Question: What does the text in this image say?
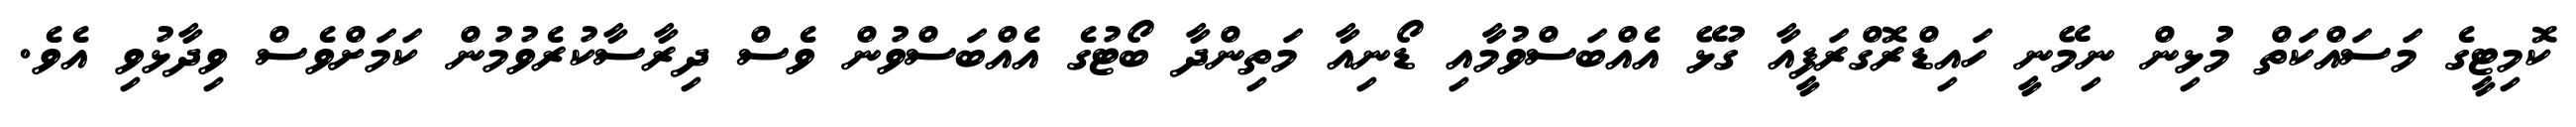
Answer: ކޮމިޓީގެ މަސައްކަތް މުުޅިން ނިމޭނީ ހައިޑްރޮގްރަފީއާ ގުޅޭ އެއްބަސްވުމާއި ޑޯނިއާ މަތިންދާ ބޯޓުގެ އެއްބަސްވުން ވެސް ދިރާސާކުރެވުމުން ކަމަށްވެސް ވިދާޅުވި އެވެ.